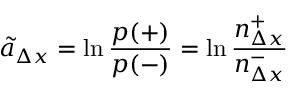
\tilde { a } _ { \Delta x } = \ln \frac { p ( + ) } { p ( - ) } = \ln \frac { n _ { \Delta x } ^ { + } } { n _ { \Delta x } ^ { - } }